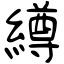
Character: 繜